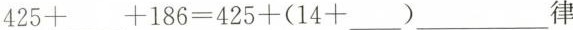
$$425+___+186=425+(14+___)$$___律